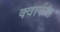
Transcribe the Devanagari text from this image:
क्वार्कस